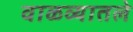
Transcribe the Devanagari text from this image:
वाळव्यातले